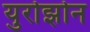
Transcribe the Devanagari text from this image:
युरोझोन